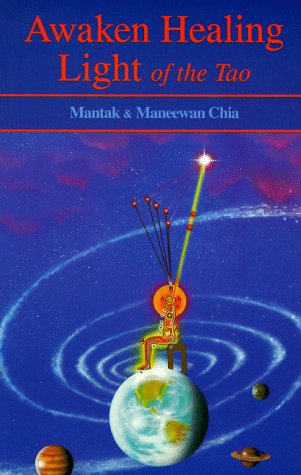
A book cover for Awaken Healing Light of the Tao; Mantak Chia; Health, Fitness & Dieting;